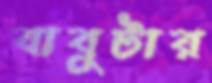
বাবুটার